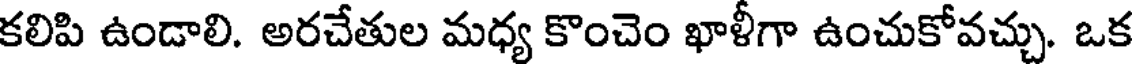
కలిపి ఉండాలి. అరచేతుల మధ్య కొంచెం ఖాళీగా ఉంచుకోవచ్చు. ఒక